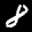
Label: 8